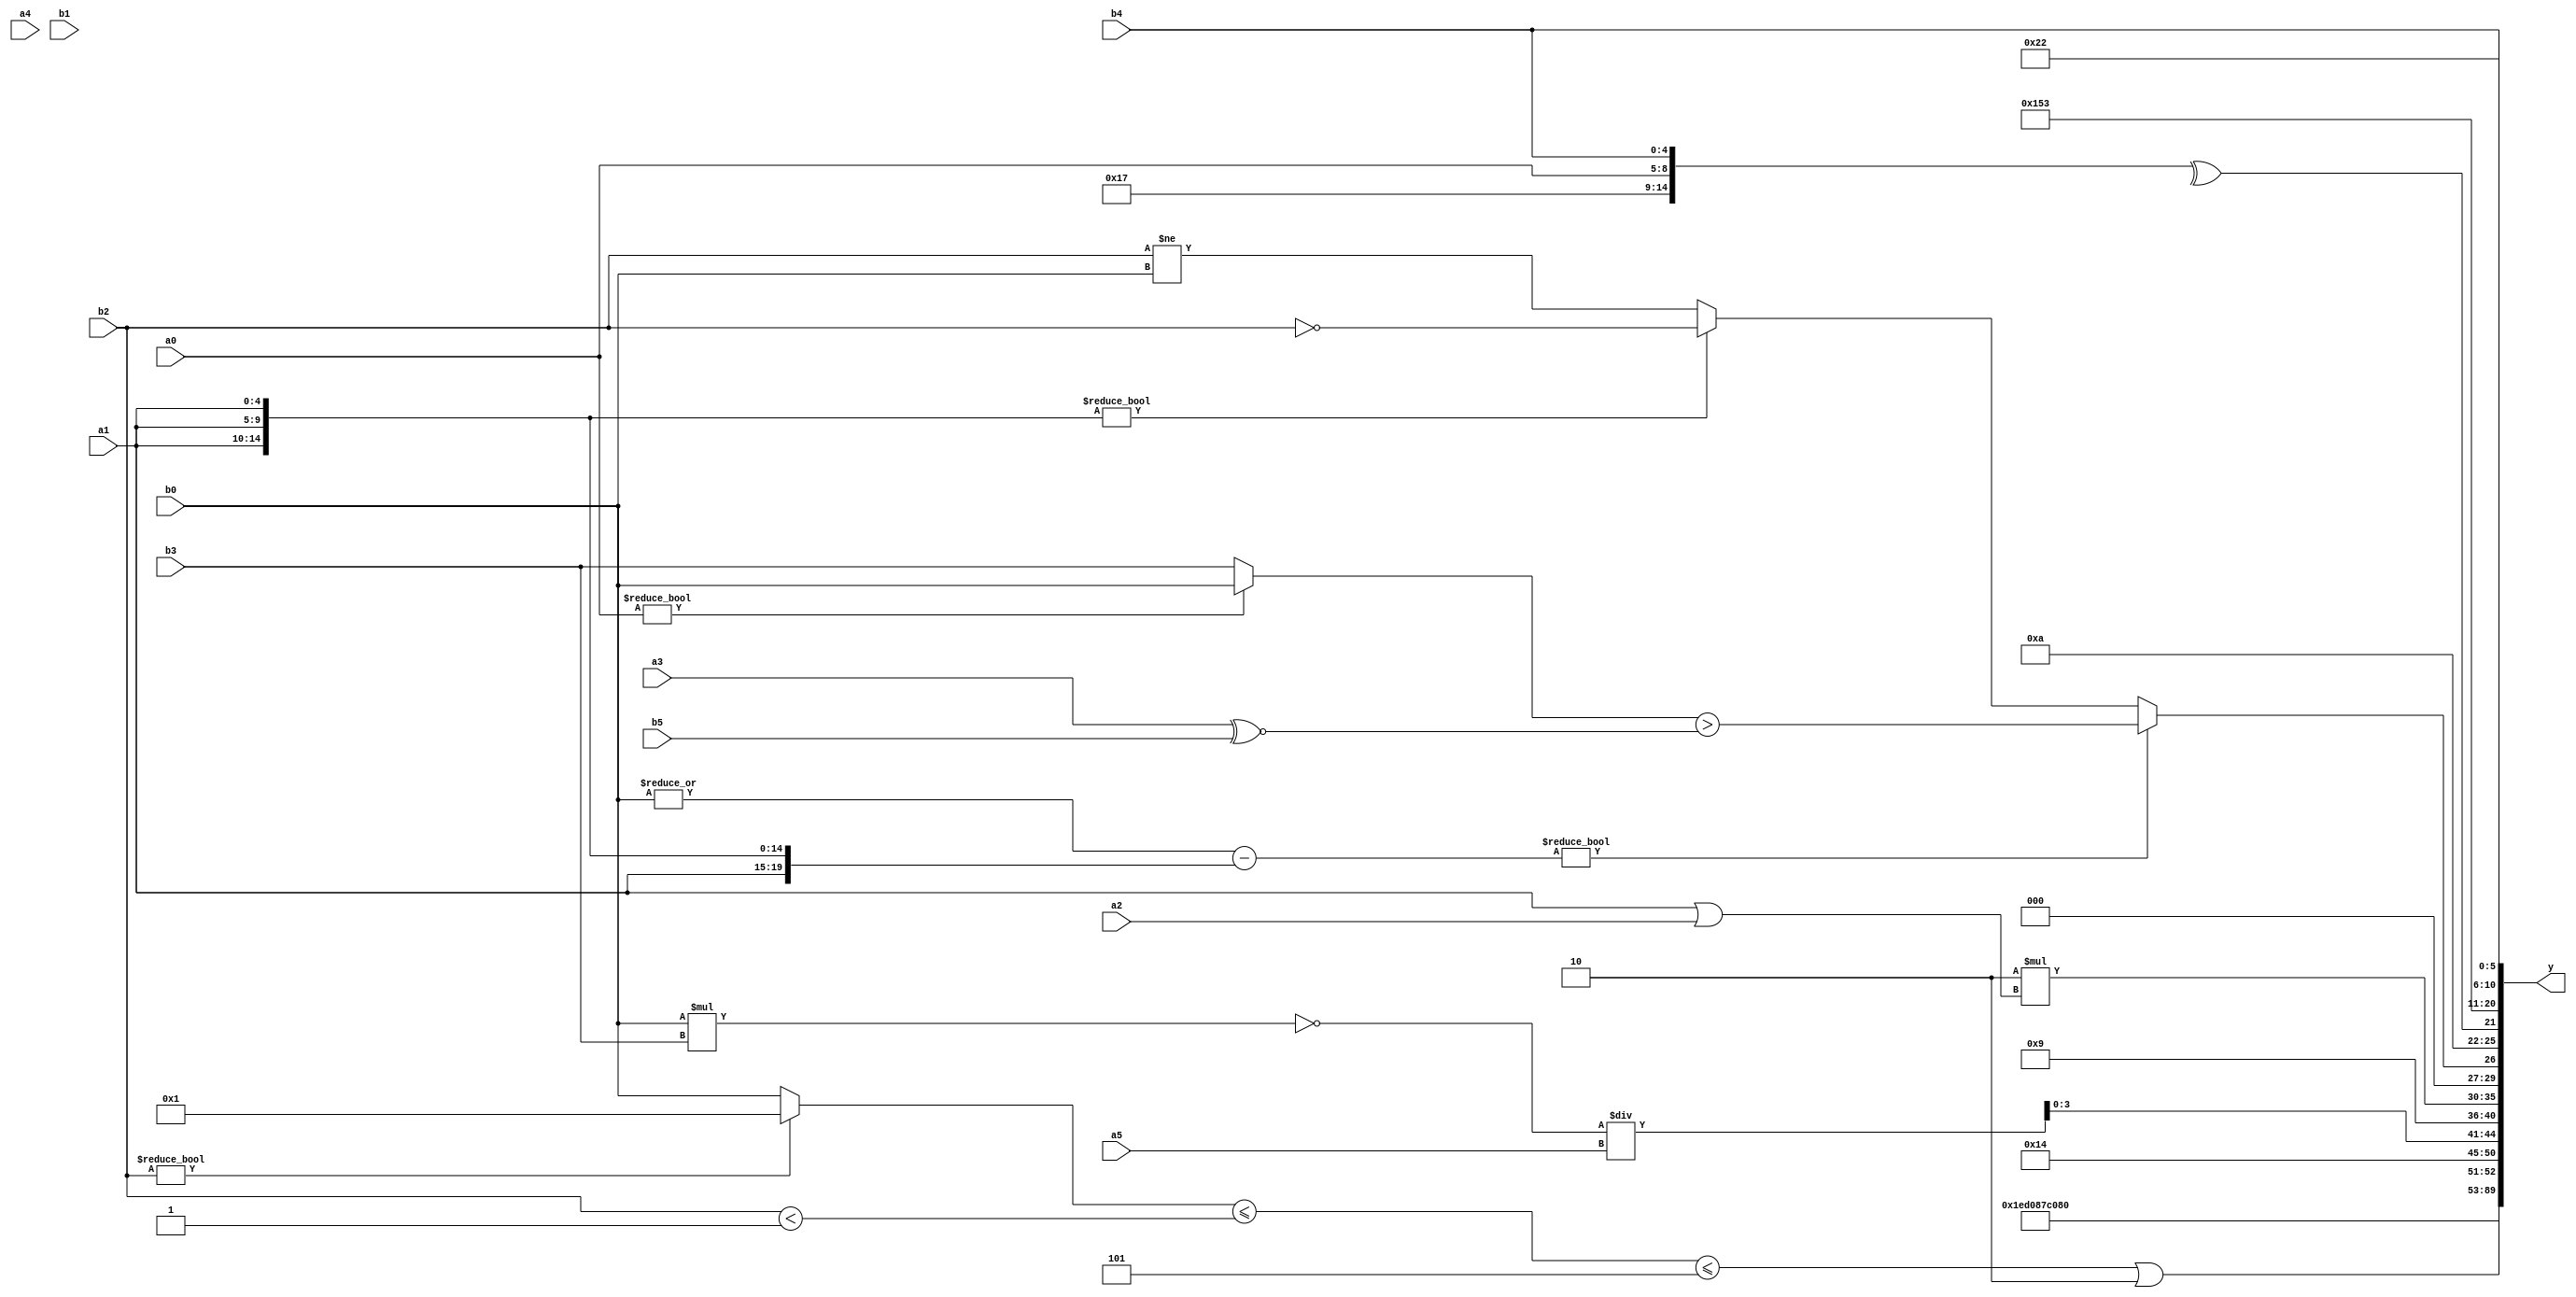
module expression_00798(a0, a1, a2, a3, a4, a5, b0, b1, b2, b3, b4, b5, y);
  input [3:0] a0;
  input [4:0] a1;
  input [5:0] a2;
  input signed [3:0] a3;
  input signed [4:0] a4;
  input signed [5:0] a5;

  input [3:0] b0;
  input [4:0] b1;
  input [5:0] b2;
  input signed [3:0] b3;
  input signed [4:0] b4;
  input signed [5:0] b5;

  wire [3:0] y0;
  wire [4:0] y1;
  wire [5:0] y2;
  wire signed [3:0] y3;
  wire signed [4:0] y4;
  wire signed [5:0] y5;
  wire [3:0] y6;
  wire [4:0] y7;
  wire [5:0] y8;
  wire signed [3:0] y9;
  wire signed [4:0] y10;
  wire signed [5:0] y11;
  wire [3:0] y12;
  wire [4:0] y13;
  wire [5:0] y14;
  wire signed [3:0] y15;
  wire signed [4:0] y16;
  wire signed [5:0] y17;

  output [89:0] y;
  assign y = {y0,y1,y2,y3,y4,y5,y6,y7,y8,y9,y10,y11,y12,y13,y14,y15,y16,y17};

  localparam [3:0] p0 = {3{(~(!(-4'sd1)))}};
  localparam [4:0] p1 = (~^{1{(~^((-({2{(5'd12)}}>>((2'd2)>(4'd15))))!==(((-4'sd1)-(5'd25))?((4'd14)&&(3'd5)):((5'd18)+(5'd14)))))}});
  localparam [5:0] p2 = ((2'sd1)-(4'sd2));
  localparam signed [3:0] p3 = (+((3'd6)>>(5'd26)));
  localparam signed [4:0] p4 = (|((+(5'sd4))||((3'd4)<<<(5'd26))));
  localparam signed [5:0] p5 = ((5'sd9)<<<(3'd6));
  localparam [3:0] p6 = {(~&{(3'd6),(2'd2),(2'd0)}),(~|{(-4'sd3),(3'sd2)}),(~&(&(3'd1)))};
  localparam [4:0] p7 = ((((6'd2 * (2'd0))!==(4'd2 * (3'd5)))>>>((4'd2 * (5'd25))+((5'd26)>(5'd4))))-((((3'sd3)||(2'sd1))&((3'd0)/(5'd9)))<(((3'sd0)!=(-2'sd1))|((-4'sd1)|(4'sd6)))));
  localparam [5:0] p8 = ((2'd3)<=(5'd16));
  localparam signed [3:0] p9 = ({1{(-3'sd1)}}!==(3'd4));
  localparam signed [4:0] p10 = ((((2'd2)||(-5'sd12))!==((3'd0)*(4'd4)))==(((2'd3)/(-4'sd6))<<<((-4'sd5)==(2'sd0))));
  localparam signed [5:0] p11 = (4'd11);
  localparam [3:0] p12 = (5'd13);
  localparam [4:0] p13 = (-((|((3'd2)===(2'sd1)))==(2'd3)));
  localparam [5:0] p14 = ({(5'd8),(-3'sd2),(-5'sd9)}<<(!{1{{(-3'sd2),(2'd2)}}}));
  localparam signed [3:0] p15 = ((|{3{(~|(4'd7))}})>(&(|{2{(~^(2'd2))}})));
  localparam signed [4:0] p16 = (+(3'sd3));
  localparam signed [5:0] p17 = ((!(~{3{(3'sd0)}}))?(!(&(^(4'd13)))):((2'd3)?(2'd2):(2'sd0)));

  assign y0 = {{4{(-p16)}},{{b1,p15},(p4?a5:a0)},((~^p11)?(^p14):(p12?p7:a4))};
  assign y1 = (5'd13);
  assign y2 = ((b0?p10:p3)?(p1?p13:p6):(3'd2));
  assign y3 = (4'sd1);
  assign y4 = (-3'sd2);
  assign y5 = (3'd1);
  assign y6 = (5'sd0);
  assign y7 = ((((b2?p1:b0)<=(b2<p9))<=(p16?p6:p14))|(3'd2));
  assign y8 = (5'd20);
  assign y9 = ((~(b0*b3))/a5);
  assign y10 = (4'd9);
  assign y11 = (4'd2 * (a1|a2));
  assign y12 = (((|(p11?b0:a1))-{4{a1}})?((a0?b0:b3)>(a3^~b5)):({3{a1}}?(!b2):(b2!=b0)));
  assign y13 = {{(-4'sd6)},(&(^{p14,a0,b4}))};
  assign y14 = {3{{1{p6}}}};
  assign y15 = {2{{4{{2{p16}}}}}};
  assign y16 = {{{1{{3{p14}}}}},$signed((b5!==a4)),$signed({{2{b4}}})};
  assign y17 = {2{(4'd2)}};
endmodule